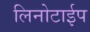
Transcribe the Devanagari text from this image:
लिनोटाईप